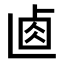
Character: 𠧴